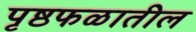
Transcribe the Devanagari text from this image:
पृष्ठफळातील